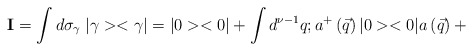
\begin{align*}{\bf I}=\int d{\sigma}_{\gamma}\; |\gamma><\gamma|= |0><0| + \int d^{\nu -1}q;a^{+}\left(\vec{q}\right)|0><0|a\left(\vec{q}\right) +\end{align*}